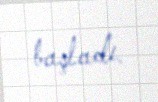
başladı.